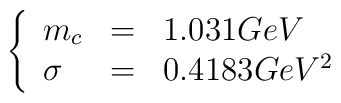
\left\{  \begin{array}{lll}    m_{c}&=&1.031 GeV\\    \sigma&=&0.4183 Ge V^{2}  \end{array}\right.